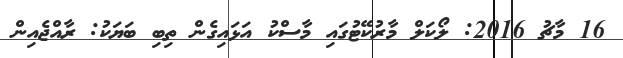
16 މާޗު 2016: ލޯކަލް މާރުކޭޓުގައި މާސްކު އަޅައިގެން ތިބި ބަޔަކު: ރާއްޖެއިން